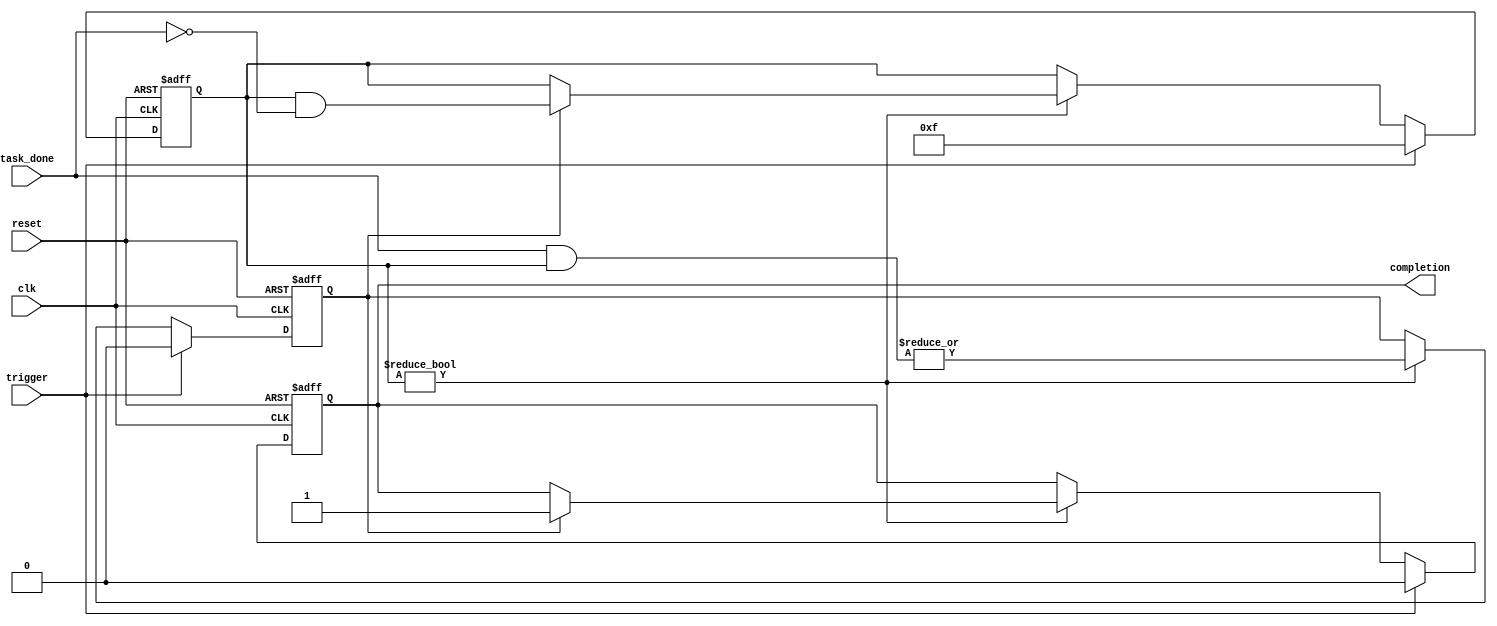
module ForkJoinAny #(
    parameter NUM_TASKS = 4 // Number of parallel tasks (customizable)
)(
    input wire clk,                    // Clock signal
    input wire reset,                  // Reset signal
    input wire trigger,                // Trigger for starting tasks
    input wire [NUM_TASKS-1:0] task_done, // Completion signals from tasks
    output reg completion              // Completion signal when any task is done
);

    // Internal state variables
    reg [NUM_TASKS-1:0] task_active;   // Tracks active tasks
    reg task_completed;                 // Internal flag for task completion

    // Always block for task management
    always @(posedge clk or posedge reset) begin
        if (reset) begin
            // Reset state
            task_active <= 0;
            completion <= 0;
            task_completed <= 0;
        end else begin
            if (trigger) begin
                // Trigger received: activate all tasks
                task_active <= {NUM_TASKS{1'b1}}; // Set all tasks as active
                completion <= 0;                   // Reset completion signal
                task_completed <= 0;               // Reset task completion flag
            end else begin
                // Check for task completions
                if (task_active) begin
                    // If any task completes
                    task_completed <= |(task_done & task_active); // Check for any completed tasks
                    if (task_completed) begin
                        completion <= 1; // Set completion signal high
                        // Optionally reset the active tasks
                        task_active <= task_active & ~task_done; // Deactivate the completed tasks
                    end
                end
            end
        end
    end
endmodule